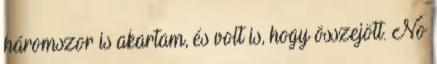
háromszor is akartam, és volt is, hogy összejött. No